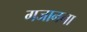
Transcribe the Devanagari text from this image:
गजानना